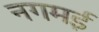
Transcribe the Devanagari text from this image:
नगमई